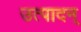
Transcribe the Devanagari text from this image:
उत्पादन्